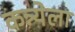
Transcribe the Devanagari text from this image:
कन्न्येला